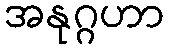
အနုဂ္ဂဟာ